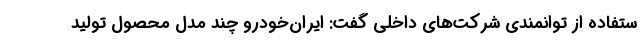
ستفاده از توانمندی شرکت‌های داخلی گفت: ایران‌خودرو چند مدل محصول تولید